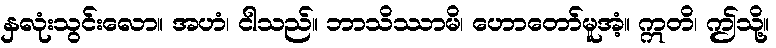
နှလုံးသွင်းလော။ အဟံ၊ ငါသည်။ ဘာသိဿာမိ၊ ဟောတော်မူအံ့။ ဣတိ၊ ဤသို့။